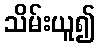
သိမ်းယူ၍